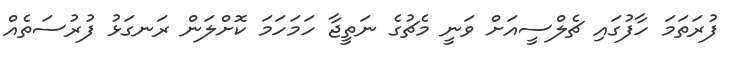
ފުރަތަމަ ހާފުގައި ޗެލްސީއަށް ވަނީ މެޗުގެ ނަތީޖާ ހަމަހަމަ ކޮށްލަން ރަނގަޅު ފުރުސަތެއް